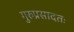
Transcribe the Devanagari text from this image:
गुरुप्रसादतः